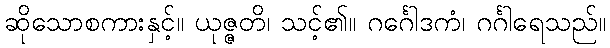
ဆိုသောစကားနှင့်။ ယုဇ္ဇတိ၊ သင့်၏။ ဂင်္ဂေါဒကံ၊ ဂင်္ဂါရေသည်။